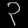
Digit: ၃